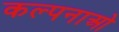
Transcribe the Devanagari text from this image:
कल्पनाओ